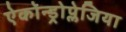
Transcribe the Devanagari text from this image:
ऐकोन्ड्रोप्लेजिया